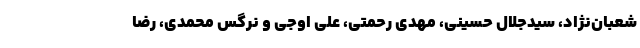
شعبان‌نژاد، سیدجلال حسینی، مهدی رحمتی، علی اوجی و نرگس محمدی، رضا